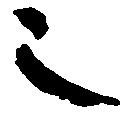
也